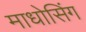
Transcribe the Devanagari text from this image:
माधोसिंग